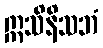
ဣသိနိသဘံ